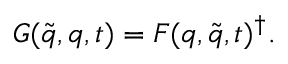
G ( \widetilde { q } , q , t ) = F ( q , \widetilde { q } , t ) ^ { \dagger } .